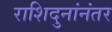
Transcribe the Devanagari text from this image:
राशिदुनांनंतर